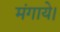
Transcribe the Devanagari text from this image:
मंगाये।